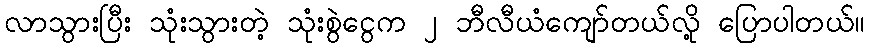
လာသွားပြီး သုံးသွားတဲ့ သုံးစွဲငွေက ၂ ဘီလီယံကျော်တယ်လို့ ပြောပါတယ်။